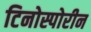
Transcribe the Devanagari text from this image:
टिनोस्पोरीन